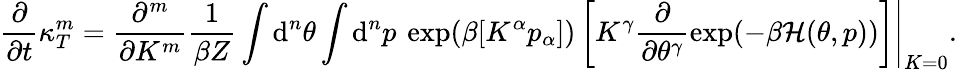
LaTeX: \frac{\partial}{\partial t}\kappa_{T}^{m}=\left.\frac{\partial^{m}}{\partial K^{m}}\frac{1}{\beta Z}\int\mathrm{d}^{n}\theta\int\mathrm{d}^{n}p\: \exp(\beta[K^{\alpha}p_{\alpha}])\left[K^{\gamma}\frac{\partial}{\partial\theta^{\gamma}}\exp(-\beta\mathcal{H}(\theta,p))\right]\right|_{K=0}.